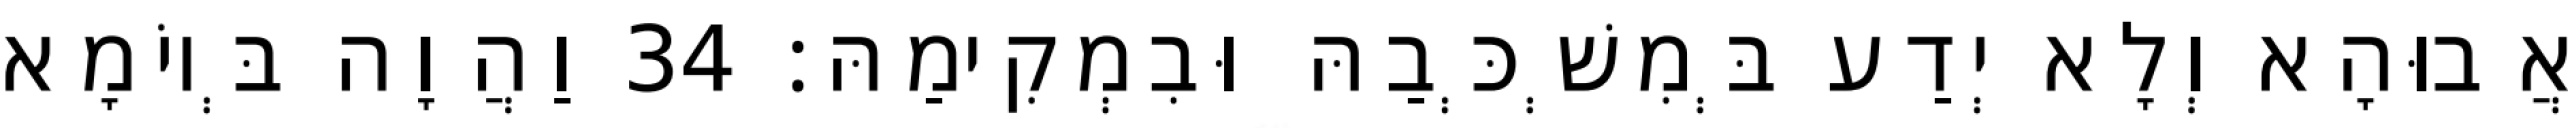
אֲבוּהָא וְלָא יְדַע בְּמִשְׁכְּבַהּ וּבִמְקִימַהּ׃ 34 וַהֲוָה בְּיוֹמָא